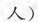
人）